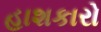
હાશકારો